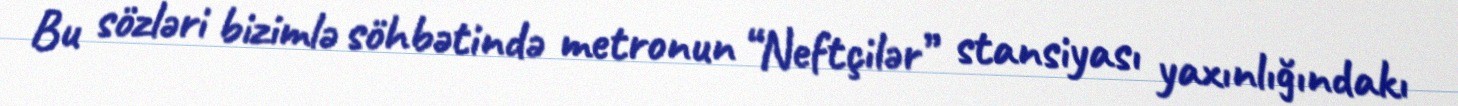
Bu sözləri bizimlə söhbətində metronun “Neftçilər” stansiyası yaxınlığındakı